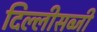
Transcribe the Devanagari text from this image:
दिल्लीसब्जी